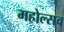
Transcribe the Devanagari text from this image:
महोल्सव